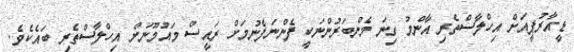
ޑީއާރުޕީއަށް އިހްލާސްތެރި އާންމު ގިނަ މެންބަރުންނަކީ ފެންނަފެނުމަށް ރައީސް މައުމޫނަށް އިހްލާސްތެރި ބައެކެވެ.